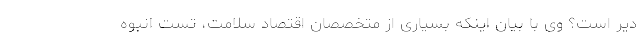
دیر است؟ وی با بیان اینکه بسیاری از متخصصان اقتصاد سلامت، تست انبوه